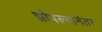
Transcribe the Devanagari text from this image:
झोपल्यानंतर